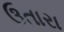
ઉતારા